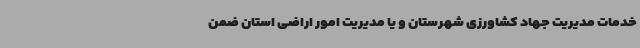
خدمات مدیریت جهاد کشاورزی شهرستان و یا مدیریت امور اراضی استان ضمن